Civil Veterinary Department. Central Provinces & Berar 1932-41 - 1932-1941
Year: 1932
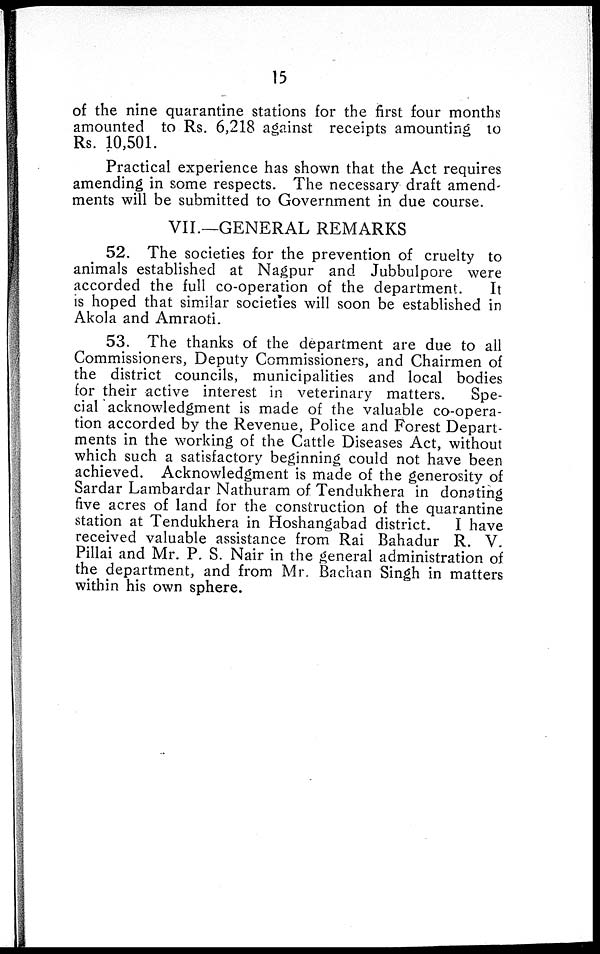
15
of the nine quarantine stations for the first four months
amounted to Rs. 6,218 against receipts amounting to
Rs. 10,501.
Practical experience has shown that the Act requires
amending in some respects. The necessary draft amend-
ments will be submitted to Government in due course.
VII.—GENERAL REMARKS
52. The societies for the prevention of cruelty to
animals established at Nagpur and Jubbulpore were
accorded the full co-operation of the department.
It
is hoped that similar societies will soon be established in
Akola and Amraoti.
53. The thanks of the department are due to all
Commissioners, Deputy Commissioners, and Chairmen of
the district councils, municipalities and local bodies
for their active interest in veterinary matters.
Spe-
cial acknowledgment is made of the valuable co-opera-
tion accorded by the Revenue, Police and Forest Depart-
ments in the working of the Cattle Diseases Act, without
which such a satisfactory beginning could not have been
achieved. Acknowledgment is made of the generosity of
Sardar Lambardar Nathuram of Tendukhera in donating
five acres of land for the construction of the quarantine
station at Tendukhera in Hoshangabad district.
I have
received valuable assistance from Rai Bahadur R. V.
Pillai and Mr. P. S. Nair in the general administration of
the department, and from Mr. Bachan Singh in matters
within his own sphere.